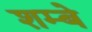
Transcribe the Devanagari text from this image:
शम्बे